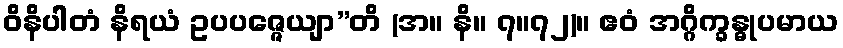
ဝိနိပါတံ နိရယံ ဥပပဇ္ဇေယျာ”တိ (အ။ နိ။ ၇။၇၂)။ ဧဝံ အဂ္ဂိက္ခန္ဓုပမာယ